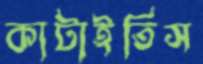
কাটাইতিস